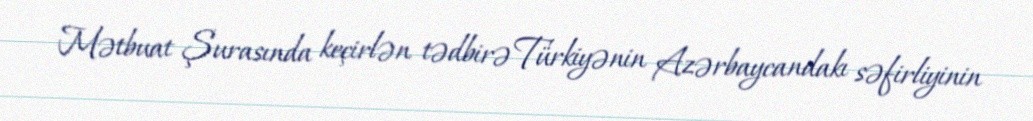
Mətbuat Şurasında keçirlən tədbirə Türkiyənin Azərbaycandakı səfirliyinin